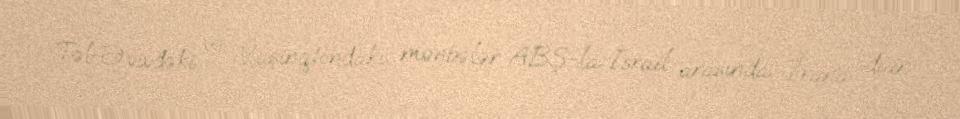
Təl-Əvivdəki və Vaşinqtondakı mənbələr ABŞ-la İsrail arasında İrana dair